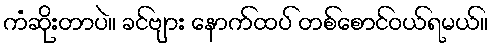
ကံဆိုးတာပဲ။ ခင်ဗျား နောက်ထပ် တစ်စောင်ဝယ်ရမယ်။